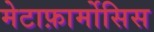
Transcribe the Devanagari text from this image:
मेटाफ़ार्मोसिस